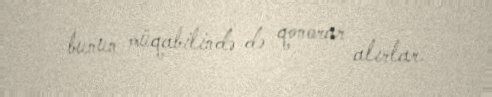
bunun müqabilində də qonorar alırlar.